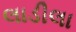
લાડીલા